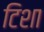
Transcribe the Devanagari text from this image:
टिशा